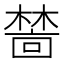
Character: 𬄜